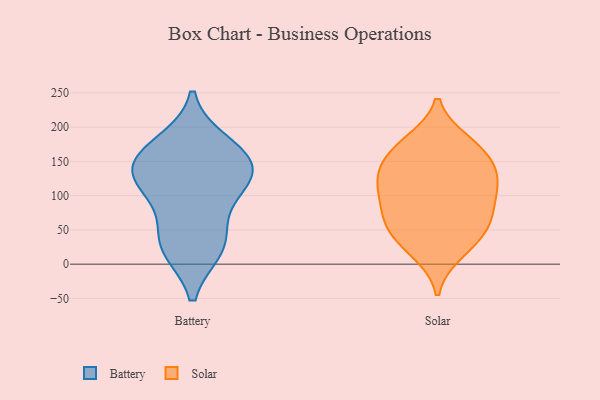
{"axis": {"x": "Revenue (USD Million)", "y": "Value"}, "legend": ["Battery", "Solar"], "data": [{"x": "", "y": 108, "type": "Battery"}, {"x": "", "y": 144, "type": "Battery"}, {"x": "", "y": 24, "type": "Battery"}, {"x": "", "y": 146, "type": "Battery"}, {"x": "", "y": 176, "type": "Battery"}, {"x": "", "y": 45, "type": "Battery"}, {"x": "", "y": 162, "type": "Battery"}, {"x": "", "y": 108, "type": "Battery"}, {"x": "", "y": 23, "type": "Battery"}, {"x": "", "y": 131, "type": "Battery"}, {"x": "", "y": 177, "type": "Solar"}, {"x": "", "y": 72, "type": "Solar"}, {"x": "", "y": 115, "type": "Solar"}, {"x": "", "y": 21, "type": "Solar"}, {"x": "", "y": 58, "type": "Solar"}, {"x": "", "y": 16, "type": "Solar"}, {"x": "", "y": 138, "type": "Solar"}, {"x": "", "y": 145, "type": "Solar"}, {"x": "", "y": 180, "type": "Solar"}, {"x": "", "y": 151, "type": "Solar"}, {"x": "", "y": 123, "type": "Solar"}, {"x": "", "y": 97, "type": "Solar"}, {"x": "", "y": 45, "type": "Solar"}, {"x": "", "y": 95, "type": "Solar"}, {"x": "", "y": 99, "type": "Solar"}, {"x": "", "y": 174, "type": "Solar"}, {"x": "", "y": 51, "type": "Solar"}, {"x": "", "y": 133, "type": "Solar"}, {"x": "", "y": 60, "type": "Solar"}]}